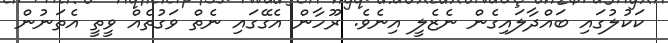
ކަކުލުގައި ބައްދާލައިގެން ނެޒެލީ އިނެވެ. ރޫހާން އެގޭގައި ނެތް ވަގުތެއް ވީތީ އެތަނުން